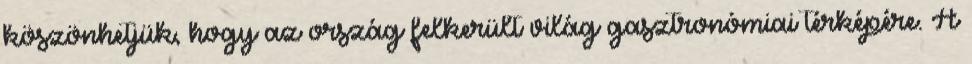
köszönhetjük, hogy az ország felkerült világ gasztronómiai térképére. A